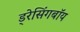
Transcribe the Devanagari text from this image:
ड्रेसिंगबॉय